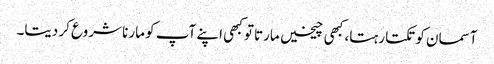
آسمان کو تکتا رہتا، کبھی چیخیں مارتا تو کبھی اپنے آپ کو مارنا شروع کر دیتا۔